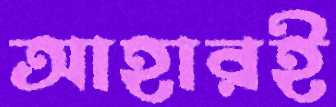
আহারই